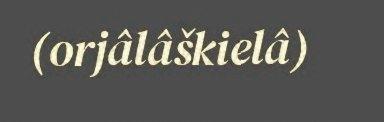
(orjâlâškielâ)